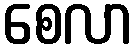
စေလာ